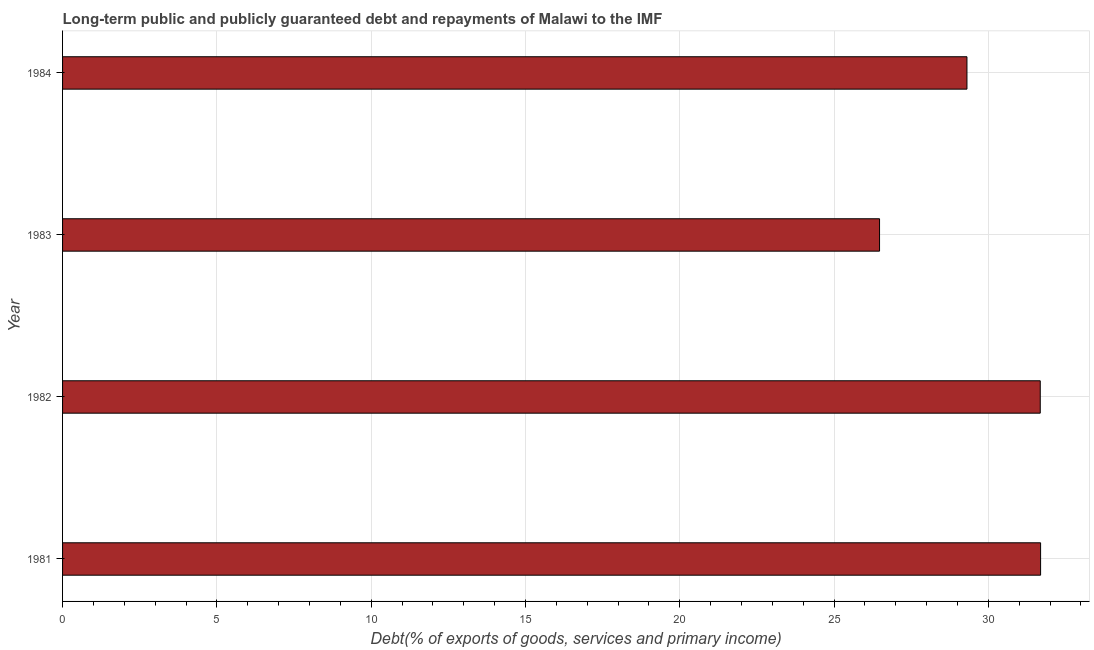
| Year | Debt service (PPG and IMF only) |
 | --- | --- |
 | 1981 | 31.7 |
 | 1982 | 31.7 |
 | 1983 | 26.5 |
 | 1984 | 29.3 |